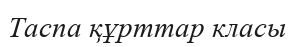
Таспа құрттар класы